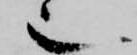
也